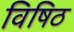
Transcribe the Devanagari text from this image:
विषिठ